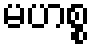
မဟစ္စ